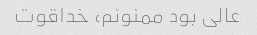
عالی بود ممنونم، خداقوت